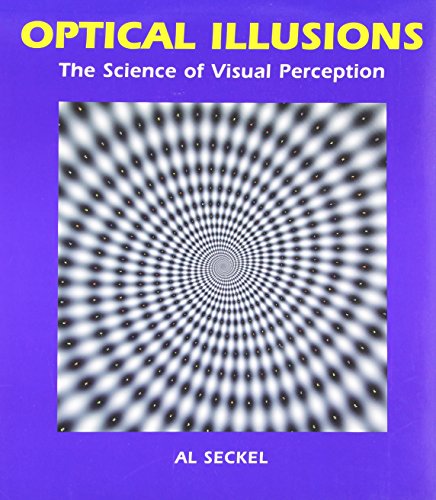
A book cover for Optical Illusions: The Science of Visual Perception (Illusion Works); Al Seckel; Humor & Entertainment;